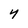
Character: 4